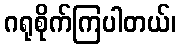
ဂရုစိုက်ကြပါတယ်၊